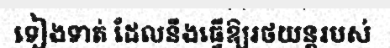
ទៀងទាត់ ដែលនឹងធ្វើឱ្យរថយន្តរបស់